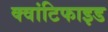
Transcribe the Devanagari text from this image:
क्वांटिफाइड